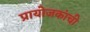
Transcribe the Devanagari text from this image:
प्रायोजकांची